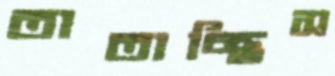
তাতাচ্ছিস